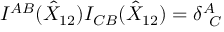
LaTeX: I ^ { A B } ( \hat { { \cal X } } _ { 1 2 } ) I _ { C B } ( \hat { { \cal X } } _ { 1 2 } ) = \delta _ { ~ C } ^ { A }